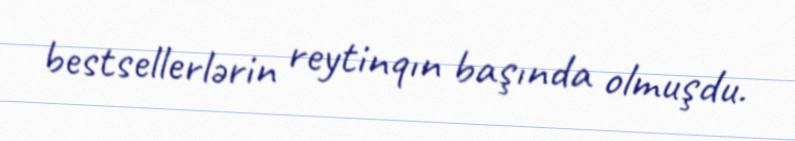
bestsellerlərin reytinqın başında olmuşdu.